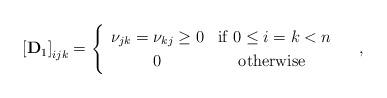
LaTeX: \begin{align*}\left[\mathbf{D}_{1}\right]_{ijk}=\begin{cases}\begin{array}{cc}\nu_{jk}=\nu_{kj}\ge0 & \mbox{if }0\le i=k<n\\0 & \mbox{otherwise }\end{array}\end{cases},\end{align*}